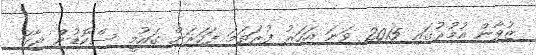
ޒުވާން އުމުރުގައި 2015 ވަނަ އަހަރު ފުރަތަމަ ފަހަރަށް ގައުމީ ސްކޮޑުން ޖާގަ